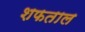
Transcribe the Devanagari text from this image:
शफताल